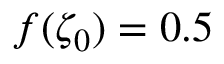
f ( \zeta _ { 0 } ) = 0 . 5